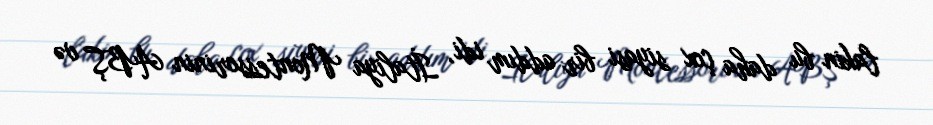
lakin bu daha çox siyasi bir addım idi, İtaliya Montessorinin ABŞ və